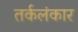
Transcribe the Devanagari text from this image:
तर्कलंकार